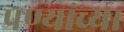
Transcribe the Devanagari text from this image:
प्रण्यांच्या